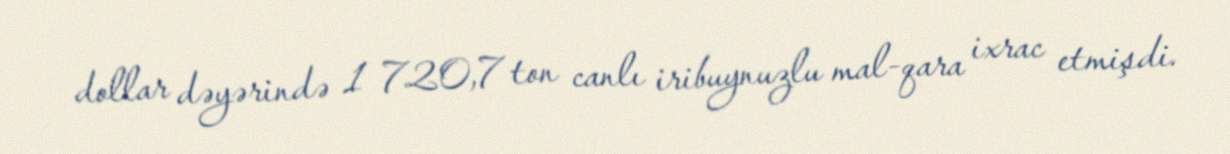
dollar dəyərində 1 720,7 ton canlı iribuynuzlu mal-qara ixrac etmişdi.